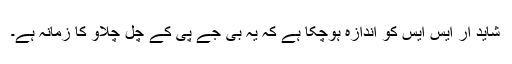
شاید آر ایس ایس کو اندازہ ہوچکا ہے کہ یہ بی جے پی کے چل چلاو کا زمانہ ہے۔